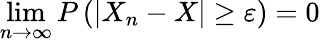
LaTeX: \operatorname*{lim}_{n\rightarrow\infty}P\left(\left|X_{n}-X\right|\geq\varepsilon\right)=0